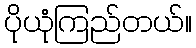
ပိုယုံကြည်တယ်။